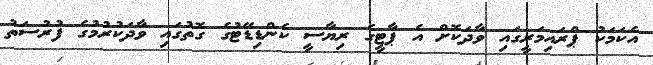
އެކަމަކު ޕްރައިމަރީގައި ވާދަކޮށް އެ ޕާޓީގެ ރިޔާސީ ކެންޑިޑޭޓުގެ ގޮތުގައި ވާދަކުރުމުގެ ފުރުސަތު